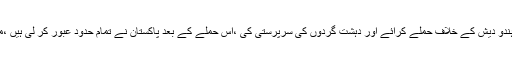
بھارتی ٹی وی کا کہنا تھا کہ پاکستان نے ہمیشہ بھارت کے خلاف سازشیں کیں ،دہشت گردوں سے ہندو دیش کے خلاف حملے کرائے اور دہشت گردوں کی سرپرستی کی ،اس حملے کے بعد پاکستان نے تمام حدود عبور کر لی ہیں ،مودی سرکار کو بھی کسی مصلحت سے کام نہیں لینا چاہئے اور پاکستان کو سخت جواب ملنا چاہئے ۔